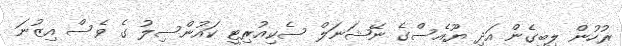
ރުހުން ލިބިގެން އަދި ޔޫއެސްގެ ނޭޝަނަލް ސެކިއުރިޓީ ކައުންސިލު ގެ ވެސް އިޒުނަ